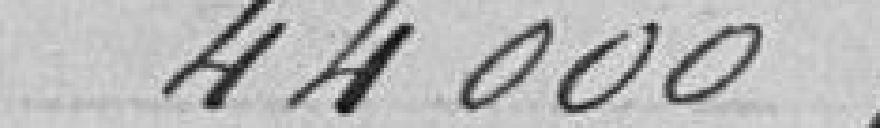
44 000